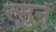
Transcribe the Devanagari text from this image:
त्सुन